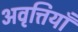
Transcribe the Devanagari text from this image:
अवृत्तियाँ